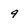
Character: 9